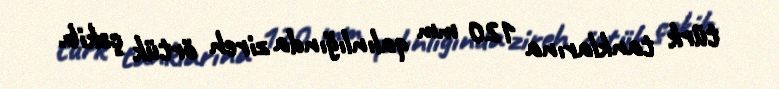
türk tanklarına 120 mm qalınlığında zireh örtük çəkib.